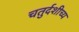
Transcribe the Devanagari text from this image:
चतुर्दशीच्य